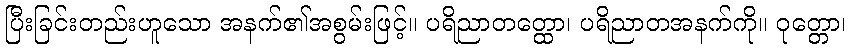
ပြီးခြင်းတည်းဟူသော အနက်၏အစွမ်းဖြင့်။ ပရိညာတတ္ထော၊ ပရိညာတအနက်ကို။ ဝုတ္တော၊